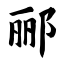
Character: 郦